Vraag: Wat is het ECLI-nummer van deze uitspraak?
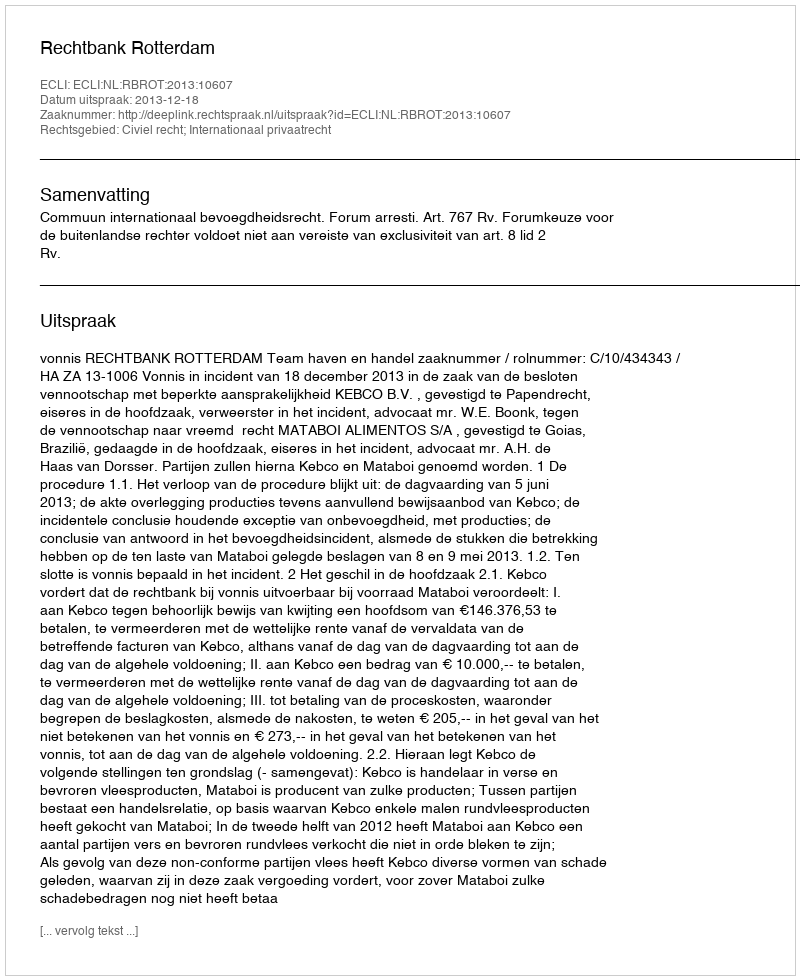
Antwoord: ECLI:NL:RBROT:2013:10607